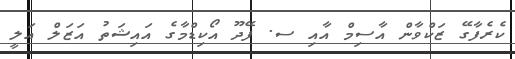
ކެރެފާގޭ ޒަކްވާން އާސިމް އާއި ސ. ފޭދޫ އޯކިޑްމާގެ އައިޝަތު އަޒަލް އަލީ